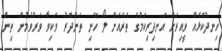
ހިނދުކޮޅެއް ވީއިރަށް އަނދިރިކަމުގެ ތެރެއަށް ލޯ ހޭނި ތަންދޮރު ވަކިވާ ވަރުވުމުން ތިން